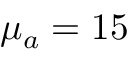
\mu _ { a } = 1 5